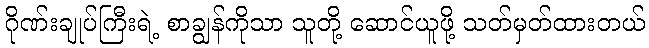
ဂိုဏ်းချုပ်ကြီးရဲ့ စာချွန်ကိုသာ သူတို့ ဆောင်ယူဖို့ သတ်မှတ်ထားတယ်